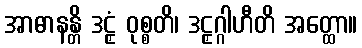
အာဓာနန္တိ ဒဠှံ ဝုစ္စတိ၊ ဒဠှဂ္ဂါဟီတိ အတ္ထော။